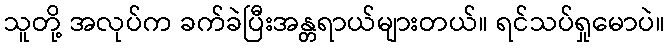
သူတို့ အလုပ်က ခက်ခဲပြီးအန္တရာယ်များတယ်။ ရင်သပ်ရှုမောပဲ။